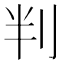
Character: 判